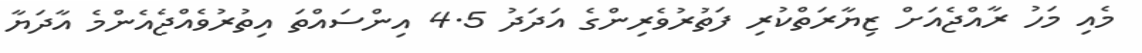
މެއި މަހު ރާއްޖެއަށް ޒިޔާރަތްކުރި ފަތުރުވެރިންގެ އަދަދު 4.5 އިންސައްތަ އިތުރުވެއްޖެއެންމެ އާދަޔާ